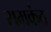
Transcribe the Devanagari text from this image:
रामकंठ